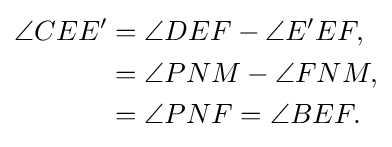
{\begin{aligned}\angle CEE'&=\angle DEF-\angle E'EF,\\&=\angle PNM-\angle FNM,\\&=\angle PNF=\angle BEF.\end{aligned}}